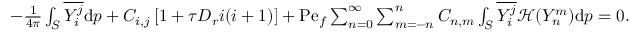
\begin{array} { r } { - \frac { 1 } { 4 \pi } \int _ { S } \overline { { Y _ { i } ^ { j } } } \mathrm { d } \boldsymbol { p } + C _ { i , j } \left[ 1 + \tau D _ { r } i ( i + 1 ) \right] + \mathrm { P e } _ { f } \sum _ { n = 0 } ^ { \infty } \sum _ { m = - n } ^ { n } C _ { n , m } \int _ { S } \overline { { Y _ { i } ^ { j } } } \mathcal { H } ( Y _ { n } ^ { m } ) \mathrm { d } \boldsymbol { p } = 0 . } \end{array}